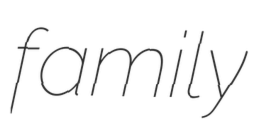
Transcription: family